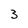
Character: 3